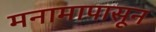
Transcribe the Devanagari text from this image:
मनामापासून